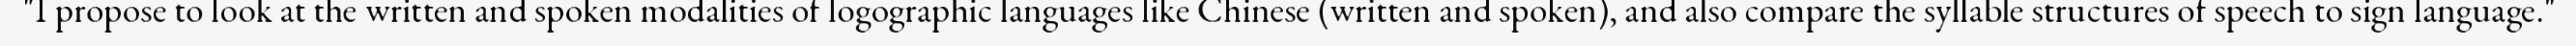
"I propose to look at the written and spoken modalities of logographic languages like Chinese (written and spoken), and also compare the syllable structures of speech to sign language."